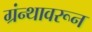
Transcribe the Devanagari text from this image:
ग्रंन्थावरून